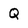
Character: Q